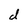
Character: d